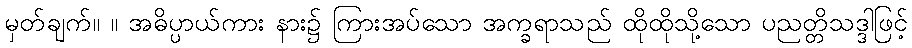
မှတ်ချက်။ ။ အဓိပ္ပာယ်ကား နား၌ ကြားအပ်သော အက္ခရာသည် ထိုထိုသို့သော ပညတ္တိသဒ္ဒါဖြင့်